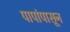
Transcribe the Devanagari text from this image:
पापांपासून